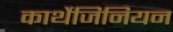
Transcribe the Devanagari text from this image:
कार्थेजिनियन